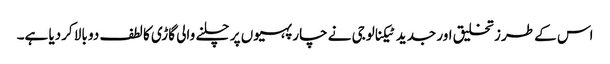
اس کے طرز تخلیق اور جدید ٹیکنالوجی نے چار پہیوں پر چلنے والی گاڑی کا لطف دو بالا کردیا ہے۔